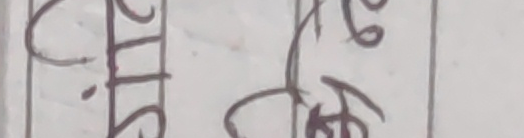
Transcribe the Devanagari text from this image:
२ ७
८ मे